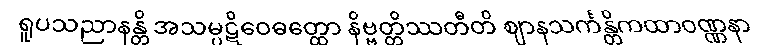
ရူပသညာနန္တိ အသမ္ပဋိဝေဓတ္ထော နိဗ္ဗတ္တိဿတီတိ ဈာနသင်္ကန္တိကထာဝဏ္ဏနာ